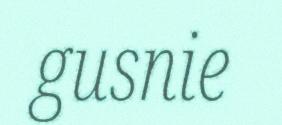
gusnie